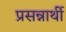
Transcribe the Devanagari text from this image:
प्रसन्नार्थी